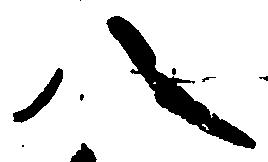
八